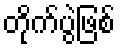
တိုက်ပွဲဖြစ်